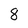
Character: 8